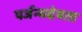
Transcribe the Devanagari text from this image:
पर्जन्यदेवता